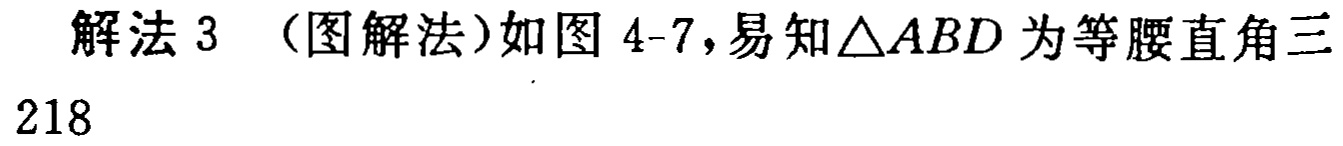
解法 3 （图解法）如图 4-7,易知\(\triangle ABD\)为等腰直角三
218